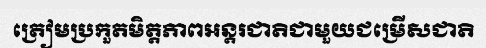
ត្រៀមប្រកួតមិត្តភាពអន្តរជាតិជាមួយជម្រើសជាតិ